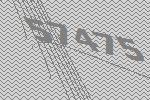
57475